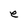
Character: e